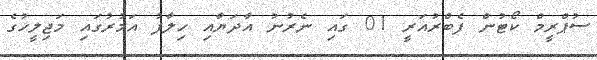
ސުޕްރީމް ކޯޓުން ފެބްރުއަރީ 01 ގައި ނެރުނު އާދަޔާއި ހިލާފު އަމުރުގައި މަޖިލީހުގެ